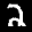
Label: 2